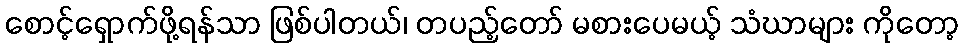
စောင့်ရှောက်ဖို့ရန်သာ ဖြစ်ပါတယ်၊ တပည့်တော် မစားပေမယ့် သံဃာများ ကိုတော့